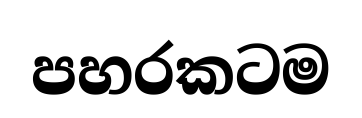
පහරකටම